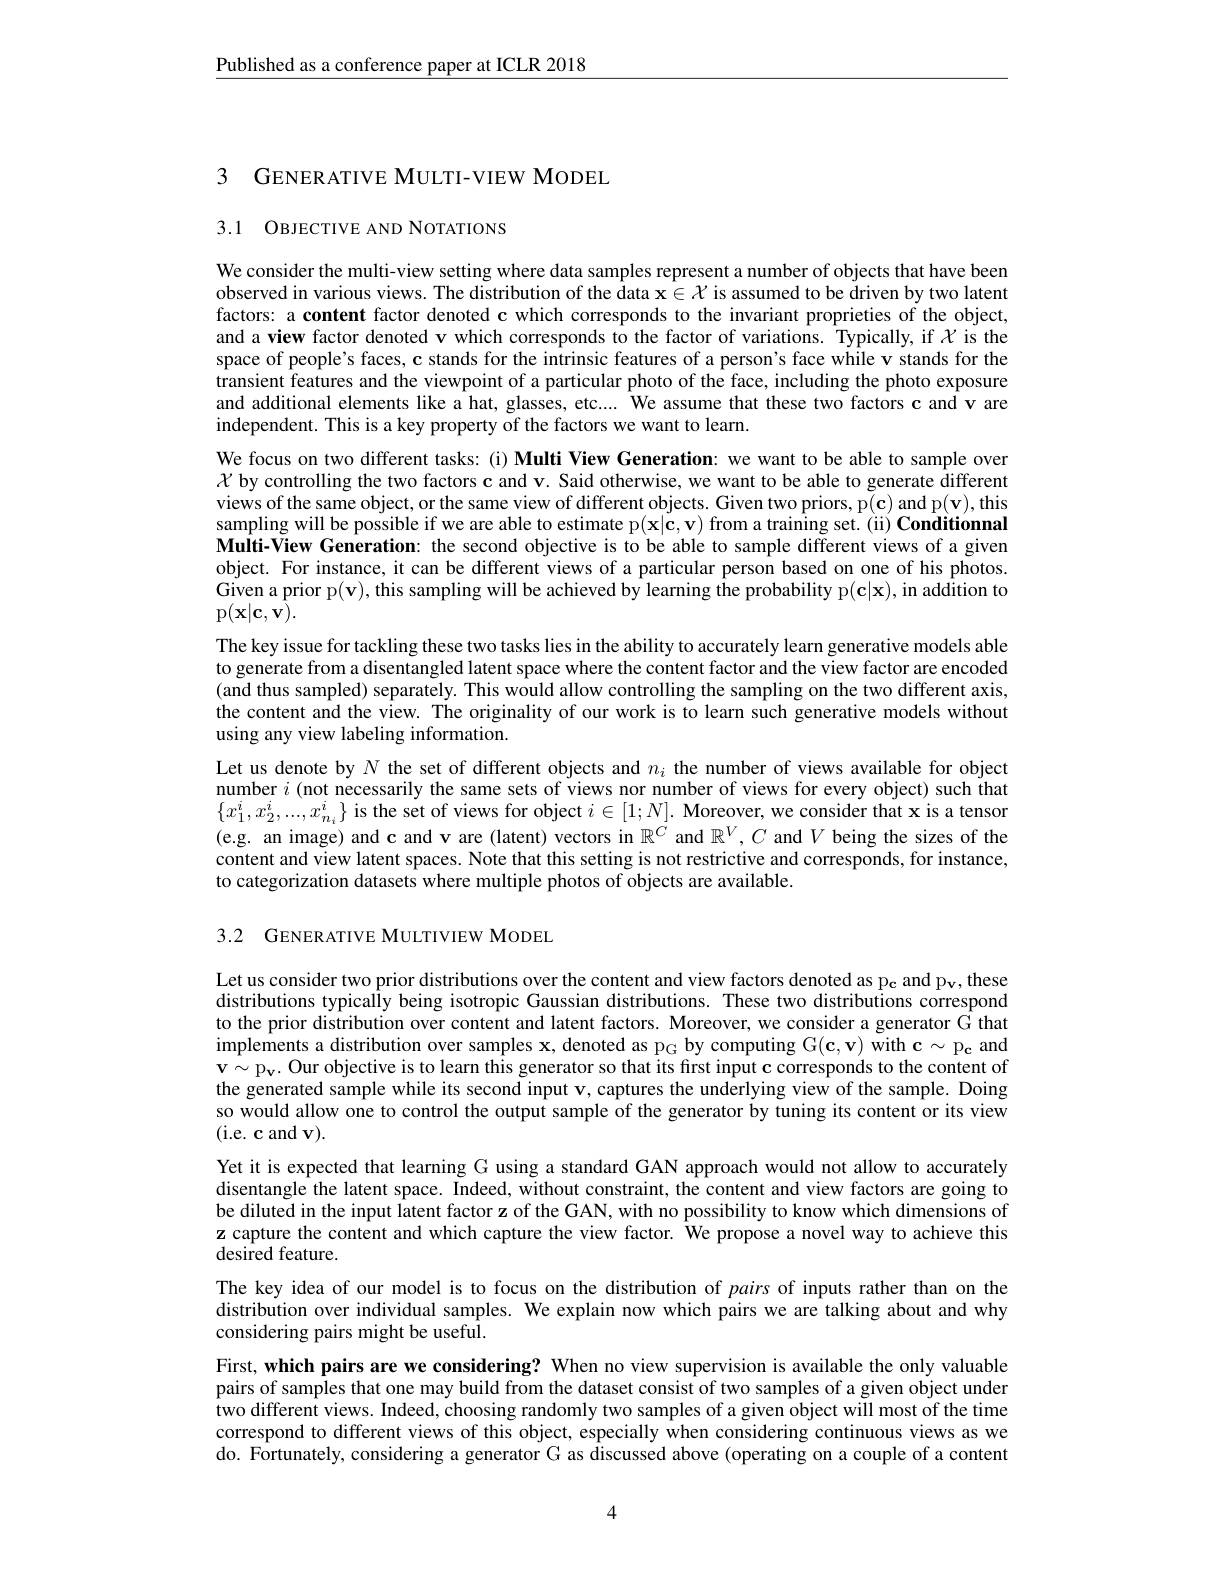
$\underline{\text{Published as a conference paper at ICLR 2018}}$

3 GENERATIVE MULTI-VIEW MODEL

3.1 OBJECTIVE AND NOTATIONS

We consider the multi-view setting where data samples represent a number of objects that have been observed in various views. The distribution of the data $\mathbf{x}\in\mathcal{X}$ is assumed to be driven by two latent factors: a content factor denoted c which corresponds to the invariant proprieties of the object, and a view factor denoted v which corresponds to the factor of variations. Typically, if $\chi$ is the space of people's faces, c stands for the intrinsic features of a person's face while v stands for the transient features and the viewpoint of a particular photo of the face, including the photo exposure and additional elements like a hat, glasses, etc.... $\hat{\text{Weassumethatthesetwofactorscandvare}}$ independent. This is a key property of the factors we want to learn.
We focus on two different tasks: (i) Multi View Generation: we want to be able to sample over $\mathcal{X}$ by controlling the two factors c and v. Said otherwise, we want to be able to generate different views of the same object, or the same view of different objects. Given two priors, p(c) and p(v), this sampling will be possible if we are able to estimate p$( \mathbf{x} | \mathbf{c} , \mathbf{v} )$ from a training set. ( ii) Conditionnal Multi-View Generation: the second objective is to be able to sample different views of a given object. For instance, it can be different views of a particular person based on one of his photos. Given a prior p(v), this sampling will be achieved by learning the probability p(c|x), in addition to p$(\mathbf{x}|\mathbf{c},\mathbf{v}).$
The key issue for tackling these two tasks lies in the ability to accurately learn generative models able to generate from a disentangled latent space where the content factor and the view factor are encoded (and thus sampled) separately. This would allow controlling the sampling on the two different axis, the content and the view. The originality of our work is to learn such generative models without using any view labeling information.
Let us denote by $N$ the set of different objects and $n_i$ the number of views available for object number $i$ (not necessarily the same sets of views nor number of views for every object) such that $\{x_{1}^{i},x_{2}^{i},...,x_{n_{i}}^{i}\}$ is the set of views for object $i\in[1;N].$ Moreover, we consider that x is a tensor (e.g. an image) and c and v are (latent) vectors in $\mathbb{R}^C$ and $\mathbb{R}^V,C$ and $V$ being the sizes of the content and view latent spaces. Note that this setting is not restrictive and corresponds, for instance, to categorization datasets where multiple photos of objects are available.

3.2 GENERATIVE MULTIVIEW MODEL

Let us consider two prior distributions over the content and view factors denoted as p and p v, these distributions typically being isotropic Gaussian distributions. These two distributions correspond to the prior distribution over content and latent factors. Moreover, we consider a generator G that implements a distribution over samples $\mathbf{x}$, denoted as p$_{\mathrm{G}}$ by computing G$(\mathbf{c},\mathbf{v})$ with $\mathbf{c}\sim\mathbf{p_{\mathbf{c}}}$ and $\mathbf{v} \sim p_{v}$. Our objective is to learn this generator so that its first input c corresponds to the content of the generated sample while its second input v, captures the underlying view of the sample. Doing so would allow one to control the output sample of the generator by tuning its content or its view (i.e. c and v).
Yet it is expected that learning G using a standard GAN approach would not allow to accurately disentangle the latent space. Indeed, without constraint, the content and view factors are going to be diluted in the input latent factor z of the GAN, with no possibility to know which dimensions of z capture the content and which capture the view factor. We propose a novel way to achieve this desired feature.
The key idea of our model is to focus on the distribution of pairs of inputs rather than on the distribution over individual samples. We explain now which pairs we are talking about and why considering pairs might be useful.
First, which pairs are we considering? When no view supervision is available the only valuable pairs of samples that one may build from the dataset consist of two samples of a given object under two different views. Indeed, choosing randomly two samples of a given object will most of the time correspond to different views of this object, especially when considering continuous views as we do. Fortunately, considering a generator G as discussed above (operating on a couple of a content

4